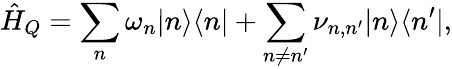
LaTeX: \hat{H}_{Q}=\sum_{n}{\omega_{n}|n\rangle\langle n|}+\sum_{n\ne n^{\prime}}{\nu_{n,n^{\prime}}|n\rangle\langle n^{\prime}|},